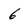
Character: 6